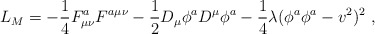
\begin{align*}L_M = - \frac{1}{4} F_{\mu\nu}^a F^{a\mu\nu} - \frac{1}{2} D_\mu \phi^a D^\mu \phi^a - \frac{1}{4} \lambda (\phi^a \phi^a - v^2)^2\ ,\end{align*}